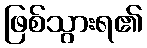
ဖြစ်သွားရ၏